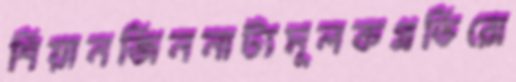
শিয়ানজিননাট্যমূলকপ্রতিরো